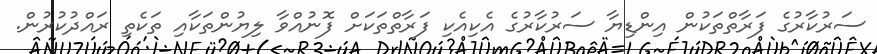
ސަރުކާރުގެ ފަރާތްތަކުން އިންޑިޔާ ސަރުކާރުގެ އެކިއެކި ފަރާތްތަކަށް ފޮނުއްވާ ލިޔުންތަކާއި ތަކެތި ރައްދުކުރުން.